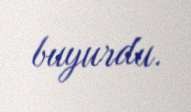
buyurdu.